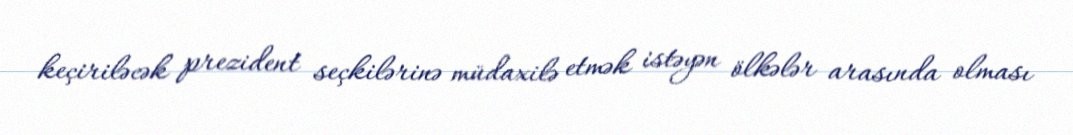
keçiriləcək prezident seçkilərinə müdaxilə etmək istəyən ölkələr arasında olması